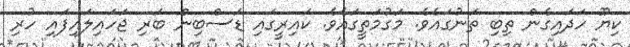
ކިޔޫ ހަދައިގެން ތިބި ތަނުގައެވެ. މަގުމަތީގައެވެ. ކައިރީގައި ޑަސްބިން ބަރި ޖަހައިލައިފައި ހުރި